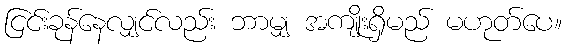
ငြင်းခုန်နေလျှင်လည်း ဘာမျှ အကျိုးရှိမည် မဟုတ်ပေ။